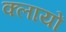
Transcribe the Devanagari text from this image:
क्लायों